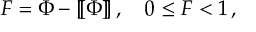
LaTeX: F = \Phi - [ \! [ \Phi ] \! ] \, , \quad 0 \leq F < 1 \, ,